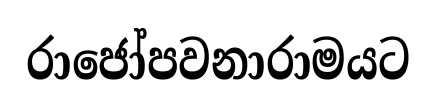
රාජෝපවනාරාමයට